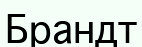
Брандт